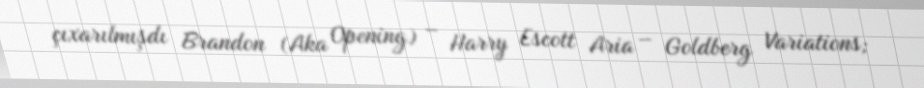
çıxarılmışdı Brandon (Aka Opening) – Harry Escott Aria – Goldberg Variations;